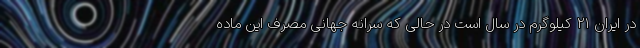
در ایران ۲۱ کیلوگرم در سال است در حالی که سرانه جهانی مصرف این ماده